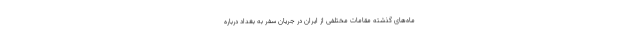
ماه‌های گذشته مقامات مختلفی از ایران در جریان سفر به بغداد درباره